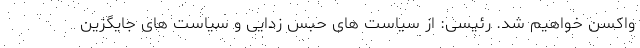
واکسن خواهیم شد. رئیسی: از سیاست های حبس زدایی و سیاست های جایگزین